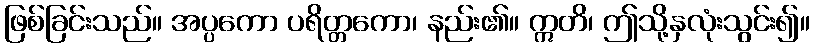
ဖြစ်ခြင်းသည်။ အပ္ပကော ပရိတ္တကော၊ နည်း၏။ ဣတိ၊ ဤသို့နှလုံးသွင်း၍။